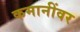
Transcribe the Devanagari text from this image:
कमानींवर